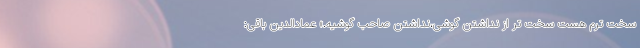
سخت ترم هست سخت تر از نداشتن گوشی،نداشتن صاحب گوشیه.» عمادالدین باقی: